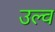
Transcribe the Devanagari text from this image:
उल्व